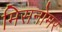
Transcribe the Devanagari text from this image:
मिसनोमर